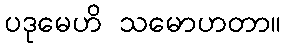
ပဒုမေဟိ သမောဟတာ။